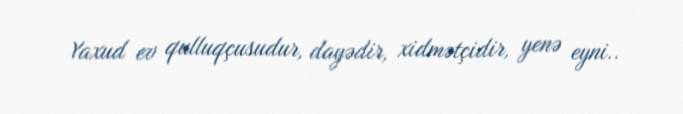
Yaxud ev qulluqçusudur, dayədir, xidmətçidir, yenə eyni..